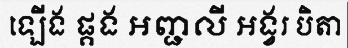
ឡើង ផ្គង អញ្ជលី អង្វរ បិតា